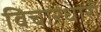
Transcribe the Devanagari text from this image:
विचारधारी